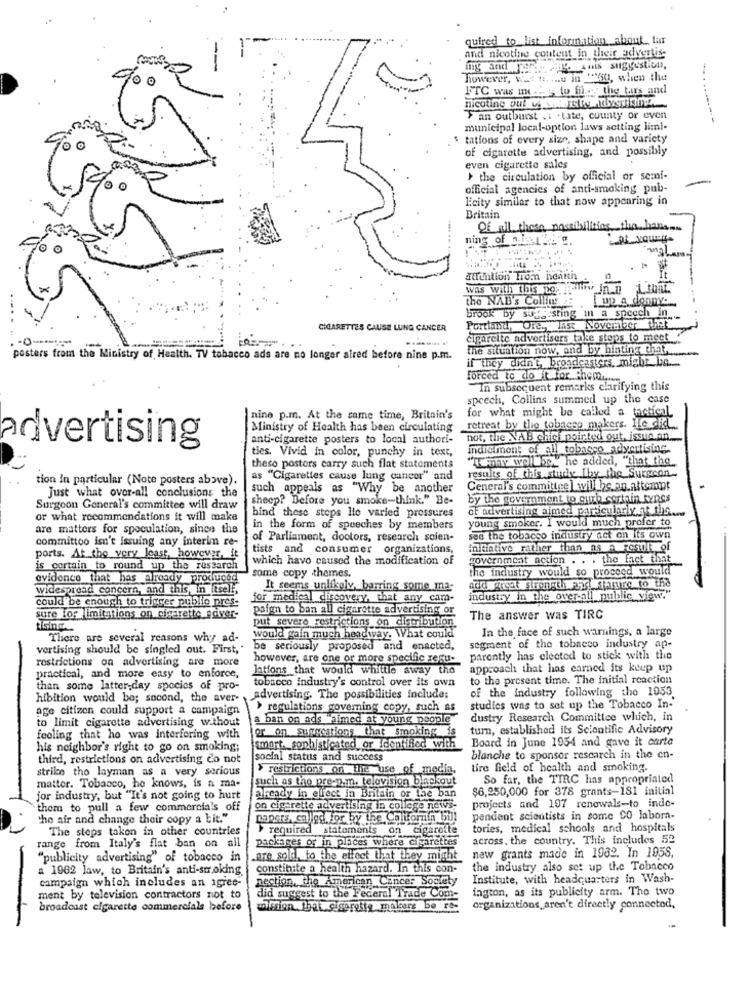
quired to list information about_ tar
and nicotine content in their advertis-
my and ree ....
however, was h. .... in "150, when the
FTC was me ... to bin,the bars and
nicotine out was rette dysrisme
Fan outburst . i . tate, county or even
municipal local-option laws setting limi-
tations of every size, shape and variety
of cigarette advertising, and possibly
even cigarette sales
> the circulation by official or semi-
official agencies of anti-smoking pub-
F:city similar to that now appearing in
Britain
Of all these possibilities the han
ning of ... ..
anal
aurinlion From heattn -
was with this po
the NAB's Collins
I up a. sonny ..
Brook by suggesting in a specch in
CIGARETTES CAUSE LUNG CANCER
Portland, Ore ., last November the
cigarette advertisers take stops to meet
the situation now, and by hinting that
posters from the Ministry of Health. TV tobacco ads are no longer aired before nine p.m.
if they didn't, broadcasters, might be ...
forced to do it for them .....
In subsequent remarks clarifying this
speech, Collins summed up the case
for what might be called a tactical
nine p.m. At the same time, Britain's
Ministry of Health has been circulating
retreat by the tobaeso makers. He did ...
anti-cigarette posters to local authori-
not, the VAB chick pointed out, issue an ...
advertising
ties. Vivid in color, punchy in text,
indictment of all tobacco advertising
"Ty woll be" he added, "that the
theso posters carry such flat statements
tion in particular (Note posters above).
as "Cigarettes cause lung cancer" and
results of this study Iby the_Surgcon-
Just what over-all conclusions the
such appeals as "Why be another
Ceneral's committee ] will be.an.attempt
sheep? Before you smoke-think." Be-
by the government to curb serinin tynes
Surgeon General's committee will draw
of advertising aimed particularly.at tilf ....
or what recommendations it will make
bind these steps lie varied pressures
young smoker. I would much prefer to
are matters for speculation, since the
in the form of speeches by members
committoo isn't issuing any interim re-
of Parliament, doctors, research scien-
see the tobacco industry act on its own
tists and consumer organizations,
initiative rather than as A Result of
ports. At the very least, however, it
which have caused the modification of
government action . . . the fact that
is cortain to round up the research
the industry would so proceed would
evidence that has already produced
some copy themes.
widespread concern, and this, in itself,
It seems unlikely, barring some ma-
add great strength ens! Mature to the
could be enough to trigger publio pres-
for medical discovery, that any cam-
industry in the over-all public view."
paign to ban all cigarette advertising or
sure for limitations on cigarette saver-
put severe restrictions on ciistribution.
The answer was TIRC
In the face of such warnings, a large
There are several reasons why ad-
would gain much headway. What could
vertising should be singled out. First,'
be seriously proposed and enacted,
segment of the tobneco industry ap-
restrictions on advertising are more
however, are one or more specific regu-
parently has elected to stick with the
Jations that would whittle away the
approach that has earned its keep up
practical, and more easy to enforce,
to the present time. The initial reaction
than some latter,day species of pro-
tobacco industry's control over its own
of the industry following the 1053
hibition would be; socond, the aver-
advertising. The possibilities include:
age citizen could support a campaign
> regulations governing copy, such as
studies was to set up the Tobacco In-
to limit cigarette advertising without
a ban on ads "himed at young people
dustry Research Committee which, in
or on Suggestions that smoking is
turn, established ils Scientific Advisory
feeling that ho was interfering with
Board in June 1954 and gave it carte
his neighbor's right to go on smoking;
smart. sophisticated or identified with
third, restrictions on advertising co not
social status and success
blanche to sponsor research in the en-
strike tho layman as a very serious
> restrictions on the use of media,
tire field of health and smoking.
such as tho pre-n.m. telovision blackout
So far, the TIRC has appropriated
matter. Tobacco, he knows, is a ma-
aready in effect in Britain or lhe ban
$6,250,000 for 378 grants-181 initial
jor industry, but "It's not going to hurt
them to pull a few commercials off
on cigarette advertising in college news.
projects and 197 renewals-to inde-
the air and change their copy a bit."
papers, calige. for by the Collomin bi)!
pendent scientists in some CO labora-
The steps taken in other countries
required statements on cigarette
tories, medical schools and hospitals
packages or in places where cigarettes
across. the country. This includes 52
range from Italy's flat ban on all
"publicity advertising" of tobacco in
Lare sold, to the effect that they might
naw grants made in 1962. In 195S,
a 1962 law, to Britain's anti-smr.oking
constinite a health hazard. In this con-
the industry also set up the Tobacco
campaign which includes an agree-
nection, the American Cancer Society
Institute, with headquarters in Wash-
ington, as its publicity arm. The two
ment by television contractors not to
did suggest to the Federal Trade Com-
broadcast cigarette commerciale before
ulmion. that iseretta makers be re-
organizations,aren't directly connected,